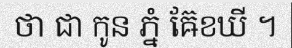
ថា ជា កូន ភ្នំ ឝ៊ែខឃី ។